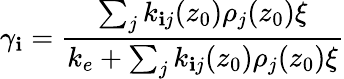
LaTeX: \gamma_{\mathbf{i}}=\frac{{\sum_{j}k_{\mathbf{i}j}(z_{0})\rho_{j}(z_{0})\xi}}{{k_{e}+\sum_{j}k_{\mathbf{i}j}(z_{0})\rho_{j}(z_{0})\xi}}